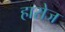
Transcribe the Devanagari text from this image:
हारोज